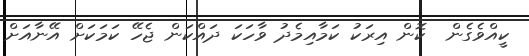
ކީއްވެގެން  ކޮން އިރަކު ކަމާއިމެދު ވާހަކަ ދައްކަން ޖެހޭ ކަމަކަށް އޭނާއަށް